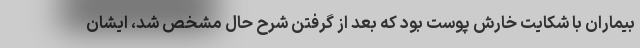
بیماران با شکایت خارش پوست بود که بعد از گرفتن شرح حال مشخص شد، ایشان